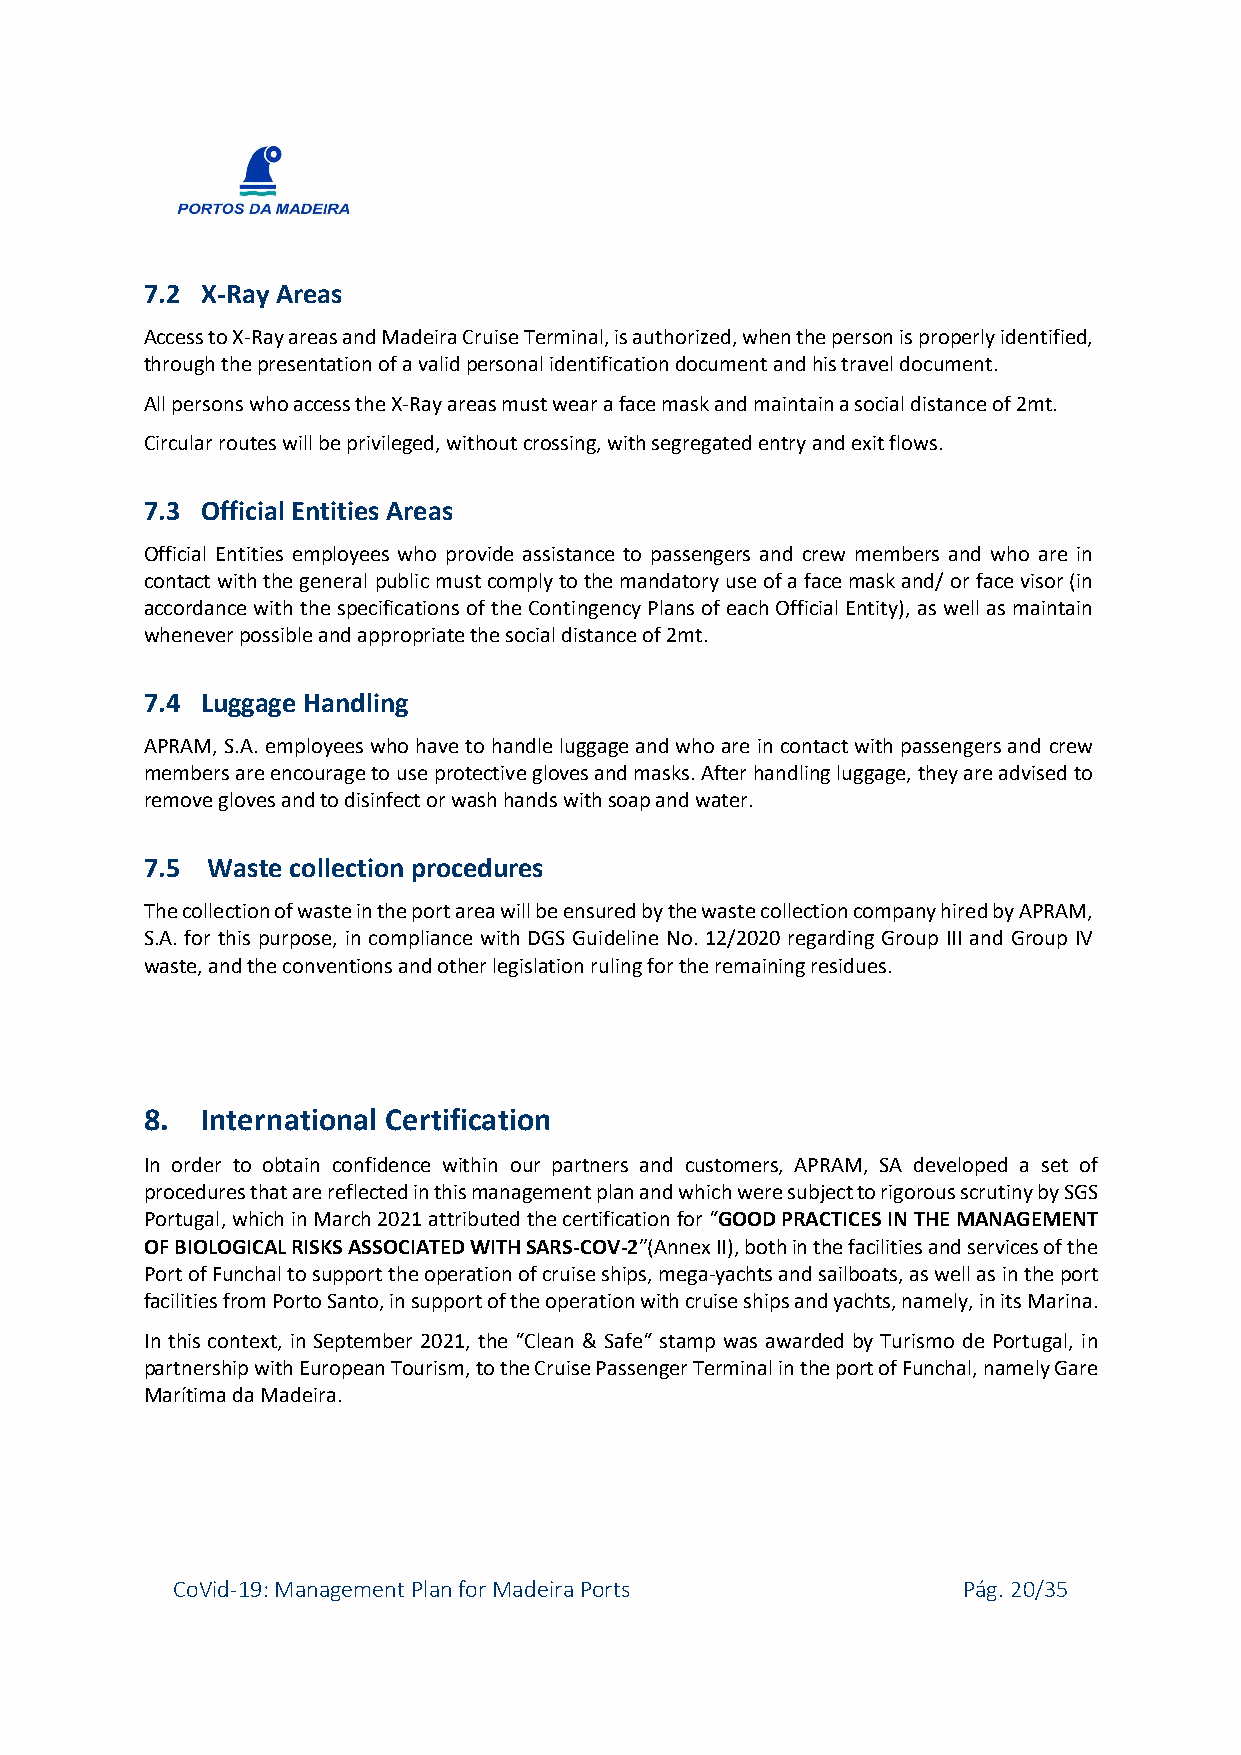
7.2 X-Ray Areas
 Access to X-Ray areas and Madeira Cruise Terminal, is authorized, when the person is properly identified,
 through the presentation of a valid personal identification document and his travel document.
 All persons who access the X-Ray areas must wear a face mask and maintain a social distance of 2mt.
 Circular routes will be privileged, without crossing, with segregated entry and exit flows.
 7.3 Official Entities Areas
 Official Entities employees who provide assistance to passengers and crew members and who are in
 contact with the general public must comply to the mandatory use of a face mask and/ or face visor (in
 accordance with the specifications of the Contingency Plans of each Official Entity), as well as maintain
 whenever possible and appropriate the social distance of 2mt.
 7.4 Luggage Handling
 APRAM, S.A. employees who have to handle luggage and who are in contact with passengers and crew
 members are encourage to use protective gloves and masks. After handling luggage, they are advised to
 remove gloves and to disinfect or wash hands with soap and water.
 7.5 Waste collection procedures
 The collection of waste in the port area will be ensured by the waste collection company hired by APRAM,
 S.A. for this purpose, in compliance with DGS Guideline No. 12/2020 regarding Group III and Group IV
 waste, and the conventions and other legislation ruling for the remaining residues.
 8. International Certification
 In order to obtain confidence within our partners and customers, APRAM, SA developed a set of
 procedures that are reflected in this management plan and which were subject to rigorous scrutiny by SGS
 Portugal, which in March 2021 attributed the certification for “GOOD PRACTICES IN THE MANAGEMENT
 OF BIOLOGICAL RISKS ASSOCIATED WITH SARS-COV-2”(Annex II), both in the facilities and services of the
 Port of Funchal to support the operation of cruise ships, mega-yachts and sailboats, as well as in the port
 facilities from Porto Santo, in support of the operation with cruise ships and yachts, namely, in its Marina.
 In this context, in September 2021, the “Clean & Safe“ stamp was awarded by Turismo de Portugal, in
 partnership with European Tourism, to the Cruise Passenger Terminal in the port of Funchal, namely Gare
 Marítima da Madeira.
 CoVid-19: Management Plan for Madeira Ports          Pág. 20/35